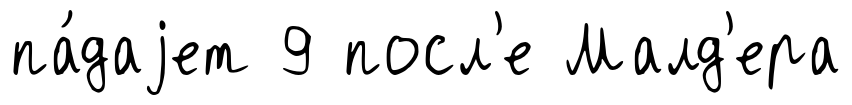
па́даjет 9 посл'е Малд'ера